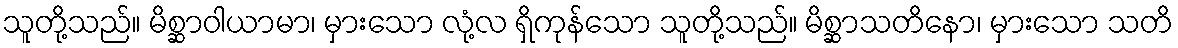
သူတို့သည်။ မိစ္ဆာဝါယာမာ၊ မှားသော လုံ့လ ရှိကုန်သော သူတို့သည်။ မိစ္ဆာသတိနော၊ မှားသော သတိ